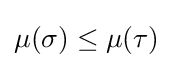
\mu (\sigma )\leq \mu (\tau )